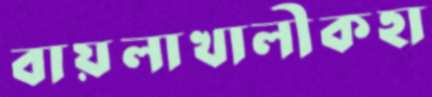
বায়লাখালীকহা